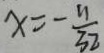
x = - \frac { n } { 3 2 }